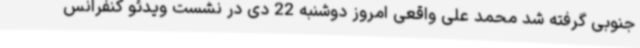
جنوبی گرفته شد محمد علی واقعی امروز دوشنبه 22 دی در نشست ویدئو کنفرانس